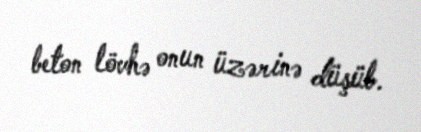
beton lövhə onun üzərinə düşüb.